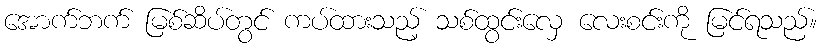
အောက်ဘက် မြစ်ဆိပ်တွင် ကပ်ထားသည့် သစ်ထွင်းလှေ လေးစင်းကို မြင်ရသည်။